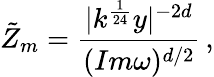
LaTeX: \tilde{Z}_{m}=\frac{|k^{\frac{1}{24}}y|^{-2d}}{(Im\omega)^{d/2}}\, ,